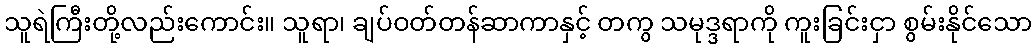
သူရဲကြီးတို့လည်းကောင်း။ သူရာ၊ ချပ်ဝတ်တန်ဆာကာနှင့် တကွ သမုဒ္ဒရာကို ကူးခြင်းငှာ စွမ်းနိုင်သော